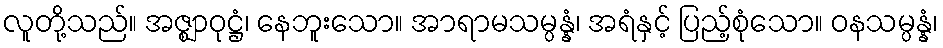
လူတို့သည်။ အဇ္ဈာဝုဋ္ဌံ၊ နေဘူးသော။ အာရာမသမ္ပန္နံ၊ အရံနှင့် ပြည့်စုံသော။ ဝနသမ္ပန္နံ၊